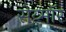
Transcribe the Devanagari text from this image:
सेय्मॉर